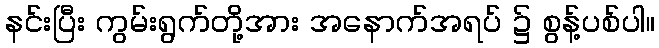
နင်းပြီး ကွမ်းရွက်တို့အား အနောက်အရပ် ၌ စွန့်ပစ်ပါ။